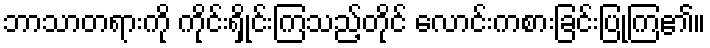
ဘာသာတရားကို ကိုင်းရှိုင်းကြသည့်တိုင် လောင်းကစားခြင်းပြုကြ၏။